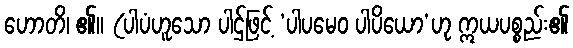
ဟောတိ၊ ၏။ (ပါပံဟူသော ပါဌ်ဖြင့် ‘ပါပမေဝ ပါပိယော’ဟု ဣယပစ္စည်း၏